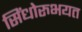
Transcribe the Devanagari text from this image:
सिंधोरुभयत